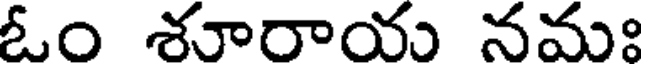
ఓం శూరాయ నమః